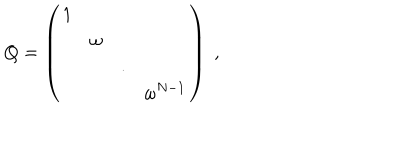
Q = \left( \begin{array} { c c c c } { { 1 } } & { { } } & { { } } & { { } } \\ { { } } & { { \omega } } & { { } } & { { } } \\ { { } } & { { } } & { { . } } & { { } } \\ { { } } & { { } } & { { } } & { { \omega ^ { N - 1 } } } \\ \end{array} \right) \; , \; \; \;